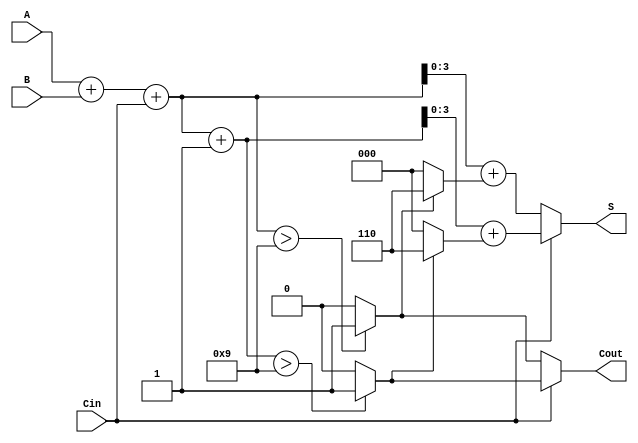
module BCD_MCSA (
    input [3:0] A,       // First BCD input
    input [3:0] B,       // Second BCD input
    input Cin,           // Carry-in
    output reg [3:0] S,  // BCD sum output
    output reg Cout      // Carry-out
);

    // Internal signals for the sums and carries
    wire [4:0] S0, S1;   // 5 bits to accommodate carry
    wire C0, C1;         // Carry-out for Cin = 0 and Cin = 1
    wire [3:0] S_temp;   // Temporary sum for correction logic

    // Preliminary sums without BCD correction
    assign S0 = A + B + Cin;          // Sum for Cin = 0
    assign S1 = A + B + Cin + 1'b1;   // Sum for Cin = 1

    // Generate carry-out signals
    assign C0 = (S0 > 4'd9) ? 1'b1 : 1'b0; // Carry-out when S0 exceeds 9
    assign C1 = (S1 > 4'd9) ? 1'b1 : 1'b0; // Carry-out when S1 exceeds 9

    // Select the appropriate sum and carry-out based on Cin
    always @(*) begin
        if (Cin) begin
            S_temp = S1[3:0] + (C1 ? 4'd6 : 4'd0); // Apply correction if needed
            Cout = C1; // Use carry-out from S1
        end else begin
            S_temp = S0[3:0] + (C0 ? 4'd6 : 4'd0); // Apply correction if needed
            Cout = C0; // Use carry-out from S0
        end
        S = S_temp; // Assign the final sum
    end

endmodule